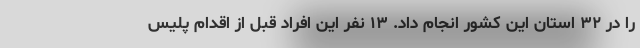
را در ۳۲ استان این کشور انجام داد. ۱۳ نفر این افراد قبل از اقدام پلیس